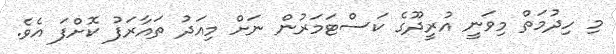
މި ހިދުމަތް މިވަނީ އުރީދޫގެ ކަސްޓަމަރުން ނަށް މިއަދު ތައާރަފު ކޮށްފަ އެވެ.